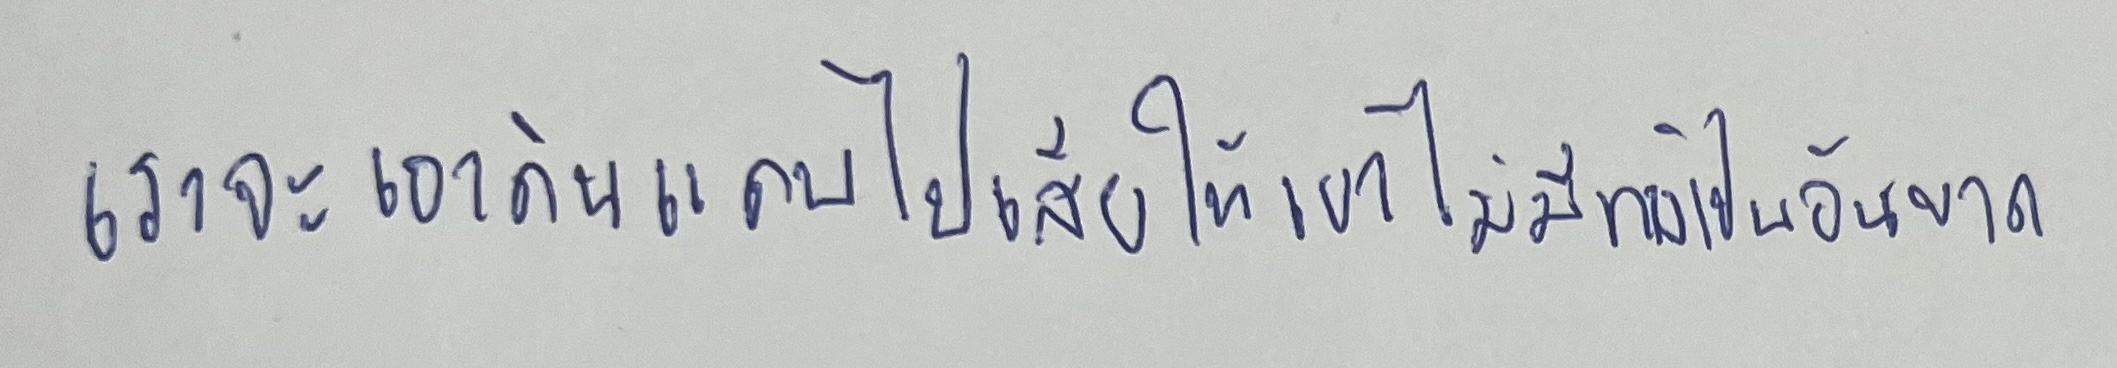
เราจะเอาดินแดนไปเสียให้เขาไม่มีทางเป็นอันขาด"